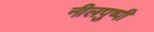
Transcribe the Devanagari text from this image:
नीलपुष्पी